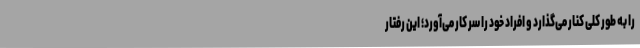
را به طور کلی کنار می‌گذارد و افراد خود را سر کار می‌آورد؛ این رفتار